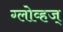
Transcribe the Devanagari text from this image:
ग्लोव्हज्